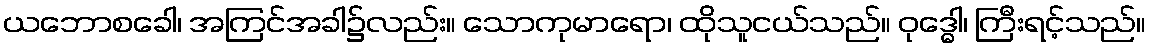
ယဘောစခေါ၊ အကြင်အခါ၌လည်း။ သောကုမာရော၊ ထိုသူငယ်သည်။ ဝုဒ္ဓေါ၊ ကြီးရင့်သည်။